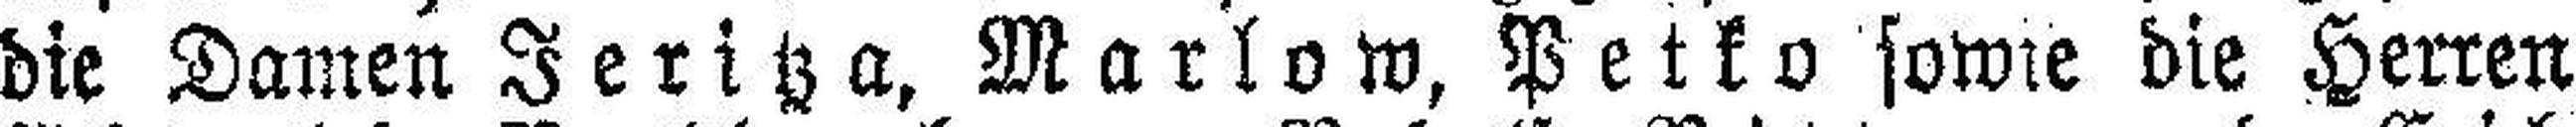
die Damen Jeritza, Marlow, Petko sowie die Herren